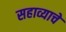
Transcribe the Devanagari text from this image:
सहाव्याचे